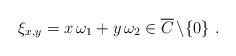
LaTeX: \begin{align*} \xi_{x,y} = x\, \omega_1+y\,\omega_2 \in \overline C\,\backslash\{0\} \ .\end{align*}